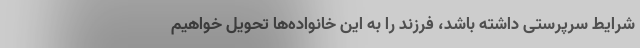
شرایط سرپرستی داشته باشد، فرزند را به این خانواده‌ها تحویل خواهیم